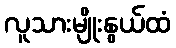
လူသားမျိုးနွယ်ထံ